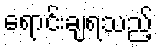
ရောင်းချရသည့်